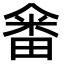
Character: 𤲞